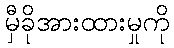
မှီခိုအားထားမှုကို